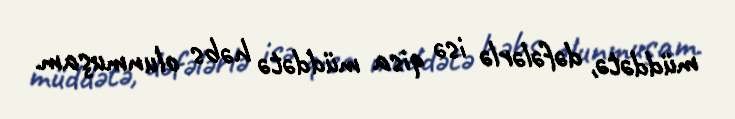
müddətə, dəfələrlə isə qisa müddətə həbs olunmuşam.